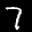
Label: 7